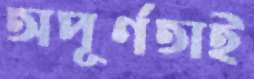
অপূর্ণতাই